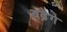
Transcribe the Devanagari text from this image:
बढ़ेगे